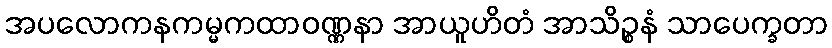
အပလောကနကမ္မကထာဝဏ္ဏနာ အာယူဟိတံ အာသိဉ္စနံ သာပေက္ခတာ